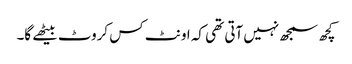
کچھ سمجھ نہیں آتی تھی کہ اونٹ کس کروٹ بیٹھے گا۔